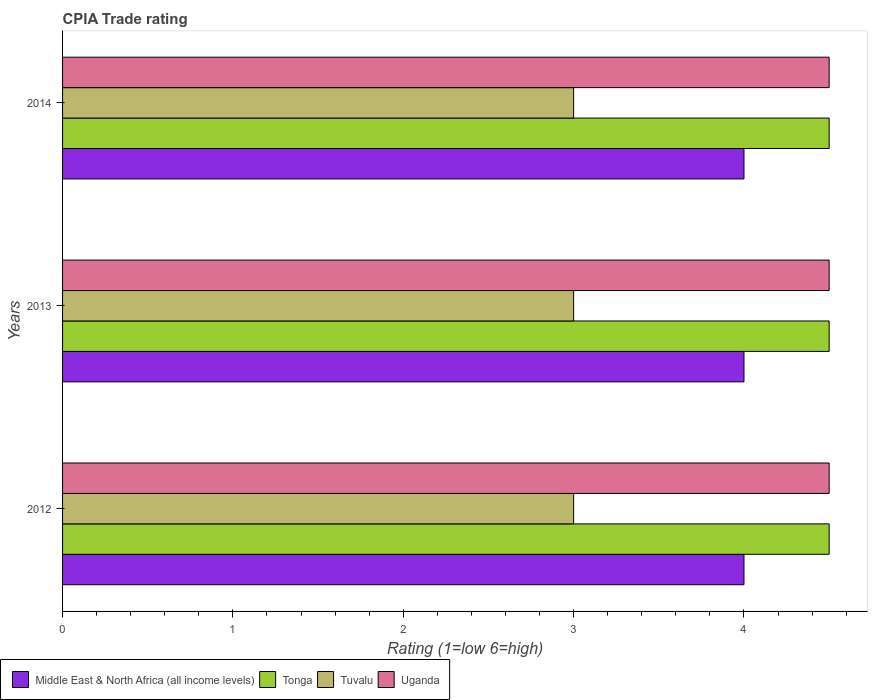
| Years | Middle East & North Africa (all income levels) | Tonga | Tuvalu | Uganda |
 | --- | --- | --- | --- | --- |
 | 2012 | 4 | 4.5 | 3 | 4.5 |
 | 2013 | 4 | 4.5 | 3 | 4.5 |
 | 2014 | 4 | 4.5 | 3 | 4.5 |